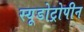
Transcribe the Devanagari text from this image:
स्यूडोट्रोपीन